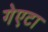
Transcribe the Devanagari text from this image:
गेएटा